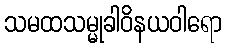
သမထသမ္မုခါဝိနယဝါရော